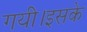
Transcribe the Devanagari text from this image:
गयी।इसके